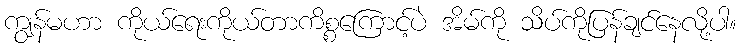
ကျွန်မဟာ ကိုယ်ရေးကိုယ်တာကိစ္စကြောင့်ပဲ အိမ်ကို သိပ်ကိုပြန်ချင်နေလို့ပါ။